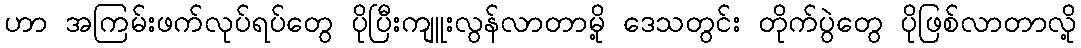
ဟာ အကြမ်းဖက်လုပ်ရပ်တွေ ပိုပြီးကျူးလွန်လာတာမို့ ဒေသတွင်း တိုက်ပွဲတွေ ပိုဖြစ်လာတာလို့